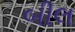
બીલ